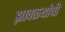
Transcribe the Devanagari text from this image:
झावळ्यांची